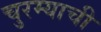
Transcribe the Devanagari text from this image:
चुरम्याची